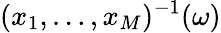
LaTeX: (x_{1},\ldots,x_{M})^{-1}(\omega)